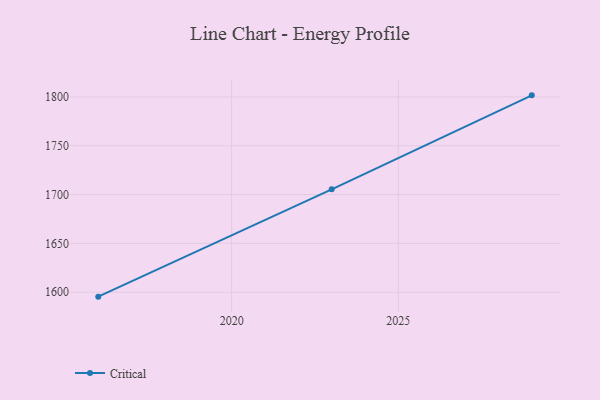
{"axis": {"x": "Year", "y": "Latency (ms)"}, "legend": ["Critical"], "data": [{"x": "2016", "y": 1595.5, "type": "Critical"}, {"x": "2023", "y": 1705.4, "type": "Critical"}, {"x": "2029", "y": 1801.6, "type": "Critical"}]}